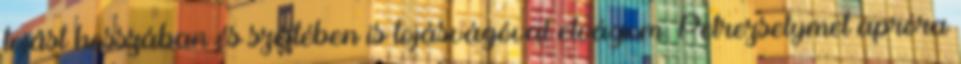
tojást hosszában és széltében is tojásvágóval elvágom. Petrezselymet apróra